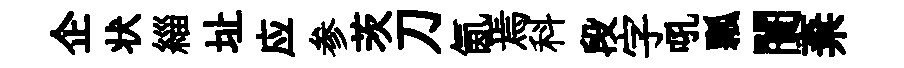
企状緇址应参茨刀氤焉科段字吼瓢闠棄